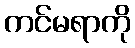
ကင်မရာကို